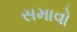
સમાવો